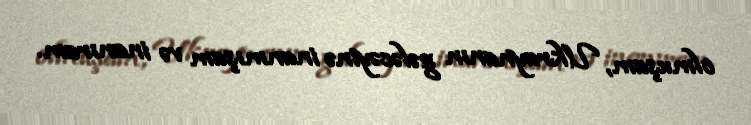
olmuşam, Ukraynanın gələcəyinə inanmışam və inanıram.